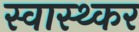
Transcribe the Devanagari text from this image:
स्वास्थ्कर